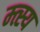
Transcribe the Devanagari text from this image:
म्त्स्य